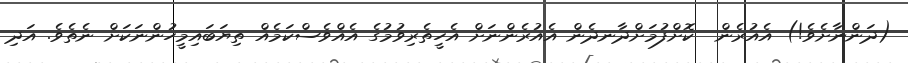
(ދަންނާށެވެ!) އެއުރެން  ކޮށްފުމަށްދާނދެން އެއުރެންނަށް އެހީތެރިވުމުގެ އެއްވެސްކަމެއް ތިޔަބައިމީހުންނަކަށް ނެތެވެ. އަދި